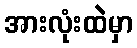
အားလုံးထဲမှာ